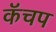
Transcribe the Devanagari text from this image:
कॅचप